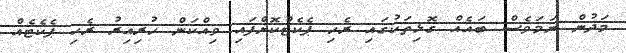
މަދުން ނަމަވެސް ބައެއް ގޮޅިތަކުގައި ރެހި ޕެކެޓްކޮށްފައި ވިއްކަން ހުރިއިރު ރެހި ޕެކެޓެއް